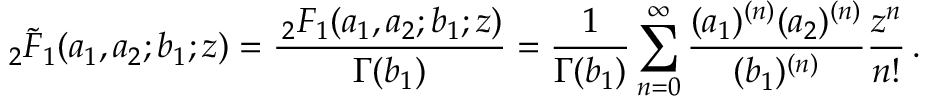
_ 2 \tilde { F } _ { 1 } ( a _ { 1 } , a _ { 2 } ; b _ { 1 } ; z ) = \frac { \, _ { 2 } F _ { 1 } ( a _ { 1 } , a _ { 2 } ; b _ { 1 } ; z ) } { \Gamma ( b _ { 1 } ) } = \frac { 1 } { \Gamma ( b _ { 1 } ) } \sum _ { n = 0 } ^ { \infty } \frac { ( a _ { 1 } ) ^ { ( n ) } ( a _ { 2 } ) ^ { ( n ) } } { ( b _ { 1 } ) ^ { ( n ) } } \frac { z ^ { n } } { n ! } \, .